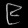
Digit: ၉